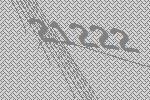
21222